Indian journal of veterinary science and animal husbandry - Volume 5,
Year: 1935
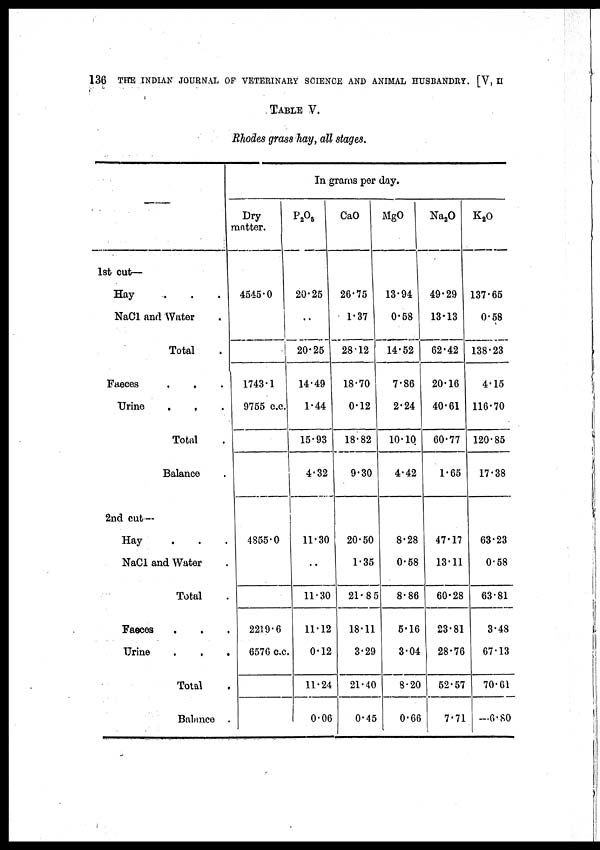
136 THE INDIAN JOURNAL OF VETERINARY SCIENCE AND ANIMAL HUSBANDRY. [V, II
TABLE V.
Rhodes grass hay, all stages.
—
1st cut—
Hay . . .
NaCl and Water .
Total .
Faeces . . .
Urine . . .
Total .
Balance .
2nd cut—
Hay
.
.
.
NaCl and Water .
Total .
Faeces
.
.
.
Urine
.
.
.
Total .
Balance .
In grams per day.
Dry
matter.
4545.0
1743.1
9755 c.c.
4855.0
2219.6
6576 c.c.
P 2 O 5
20.25
..
20.25
14.49
1.44
15.93
4.32
11.30
..
11.30
11.12
0.12
11.24
0.06
CaO
26.75
1.37
28.12
18.70
0.12
18.82
9.30
20.50
1.35
21.85
18.11
3.29
21.40
0.45
MgO
13.94
0.58
14.52
7.86
2.24
10.10
4.42
8.28
0.58
8.86
5.16
3.04
8.20
0.66
Na 2 O
49.29
13.13
62.42
20.16
40.61
60.77
1.65
47.17
13.11
60.28
23.81
28.76
52.57
7.71
K 2 O
137.65
0.58
138.23
4.15
116.70
120.85
17.38
63.23
0.58
63.81
3.48
67.13
70.61
—6.80